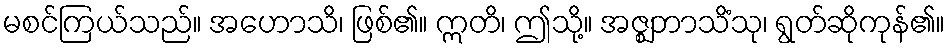
မစင်ကြယ်သည်။ အဟောသိ၊ ဖြစ်၏။ ဣတိ၊ ဤသို့။ အဇ္ဈဘာသိံသု၊ ရွတ်ဆိုကုန်၏။